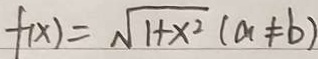
f ( x ) = \sqrt { 1 + x ^ { 2 } } ( a \neq b )